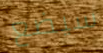
سيضع